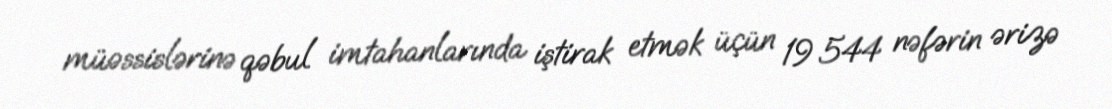
müəssislərinə qəbul imtahanlarında iştirak etmək üçün 19 544 nəfərin ərizə